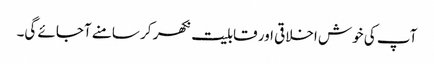
آپ کی خوش اخلاقی اور قابلیت نکھر کر سامنے آجائے گی۔